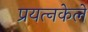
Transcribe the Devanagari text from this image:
प्रयत्‍नकेले